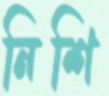
নিশি